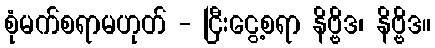
စုံမက်စရာမဟုတ် - ငြီးငွေ့စရာ နိဗ္ဗိဒ၊ နိဗ္ဗိဒ။